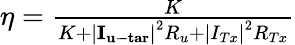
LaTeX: \begin{array}{r}{\eta=\frac{K}{{K+{{\left|{{{\mathbf{I}}_{{\mathbf{u-tar}}}}}\right|}^{2}}{R_{u}}+{{\left|{{I_{Tx}}}\right|}^{2}}{R_{Tx}}}}}\end{array}